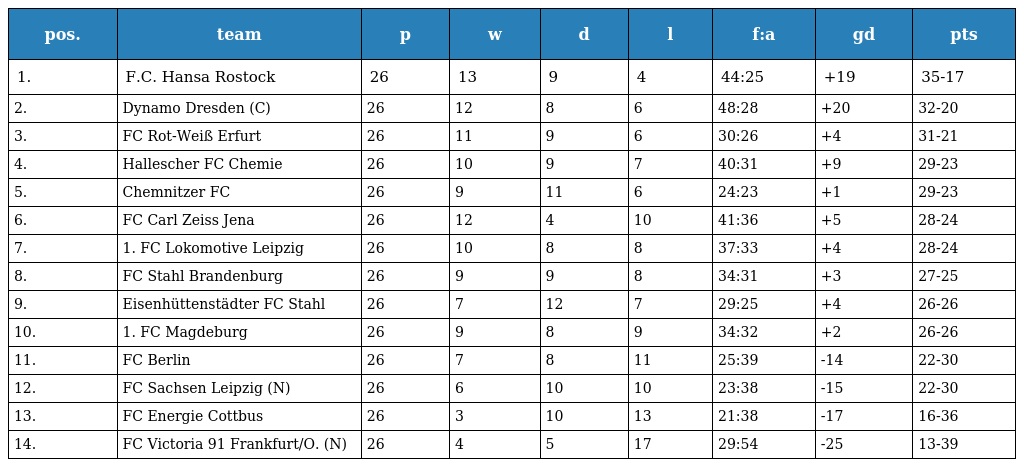
| pos. | team | p | w | d | l | f:a | gd | pts |
 | --- | --- | --- | --- | --- | --- | --- | --- | --- |
 | 1. | F.C. Hansa Rostock | 26 | 13 | 9 | 4 | 44:25 | +19 | 35-17 |
 | 2. | Dynamo Dresden (C) | 26 | 12 | 8 | 6 | 48:28 | +20 | 32-20 |
 | 3. | FC Rot-Weiß Erfurt | 26 | 11 | 9 | 6 | 30:26 | +4 | 31-21 |
 | 4. | Hallescher FC Chemie | 26 | 10 | 9 | 7 | 40:31 | +9 | 29-23 |
 | 5. | Chemnitzer FC | 26 | 9 | 11 | 6 | 24:23 | +1 | 29-23 |
 | 6. | FC Carl Zeiss Jena | 26 | 12 | 4 | 10 | 41:36 | +5 | 28-24 |
 | 7. | 1. FC Lokomotive Leipzig | 26 | 10 | 8 | 8 | 37:33 | +4 | 28-24 |
 | 8. | FC Stahl Brandenburg | 26 | 9 | 9 | 8 | 34:31 | +3 | 27-25 |
 | 9. | Eisenhüttenstädter FC Stahl | 26 | 7 | 12 | 7 | 29:25 | +4 | 26-26 |
 | 10. | 1. FC Magdeburg | 26 | 9 | 8 | 9 | 34:32 | +2 | 26-26 |
 | 11. | FC Berlin | 26 | 7 | 8 | 11 | 25:39 | -14 | 22-30 |
 | 12. | FC Sachsen Leipzig (N) | 26 | 6 | 10 | 10 | 23:38 | -15 | 22-30 |
 | 13. | FC Energie Cottbus | 26 | 3 | 10 | 13 | 21:38 | -17 | 16-36 |
 | 14. | FC Victoria 91 Frankfurt/O. (N) | 26 | 4 | 5 | 17 | 29:54 | -25 | 13-39 |